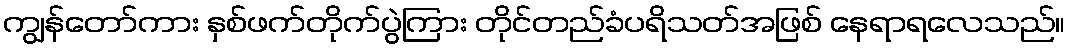
ကျွန်တော်ကား နှစ်ဖက်တိုက်ပွဲကြား တိုင်တည်ခံပရိသတ်အဖြစ် နေရာရလေသည်။